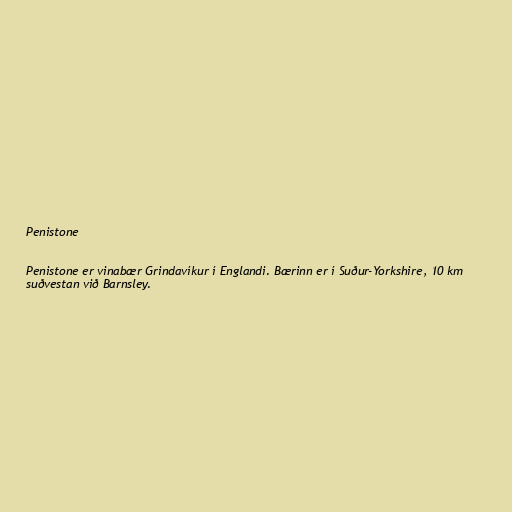
Penistone

Penistone er vinabær Grindavíkur í Englandi. Bærinn er í Suður-Yorkshire, 10 km
suðvestan við Barnsley.